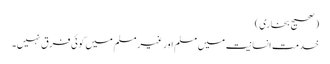
(صحیح بخاری)
خدمت انسانیت میں مسلم اور غیر مسلم میں کوئی فرق نہیں۔